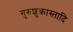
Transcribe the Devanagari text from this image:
गुरुशुक्रास्तादि